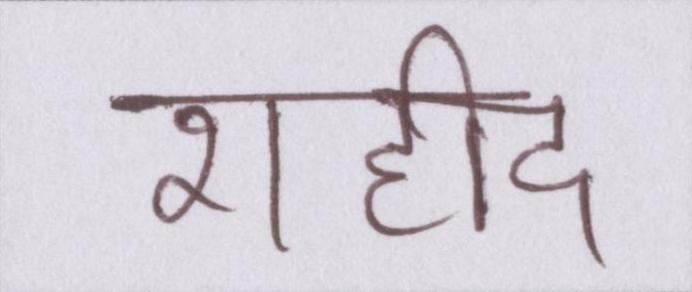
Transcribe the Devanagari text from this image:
शहीद